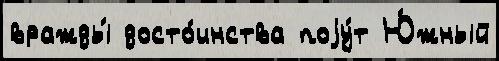
вражды́ досто́инства поjу́т Ю́жный